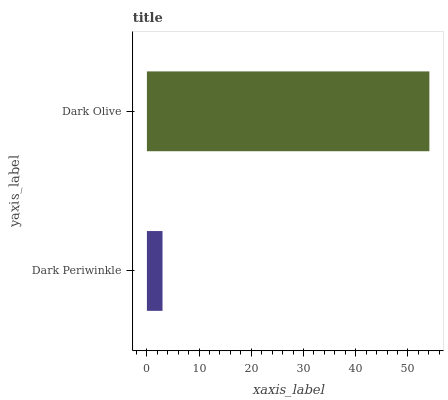
| yaxis_label | bars |
 | --- | --- |
 | Dark Periwinkle | 2.99 |
 | Dark Olive | 54.1 |